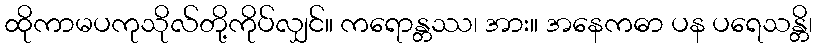
ထိုကာမပကုသိုလ်တို့ကိုပ်လျှင်။ ကရောန္တဿ၊ အား။ အနေကဓာ ပန ပရေသန္တိ၊